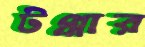
টপ্পার